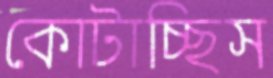
কোটাচ্ছিস